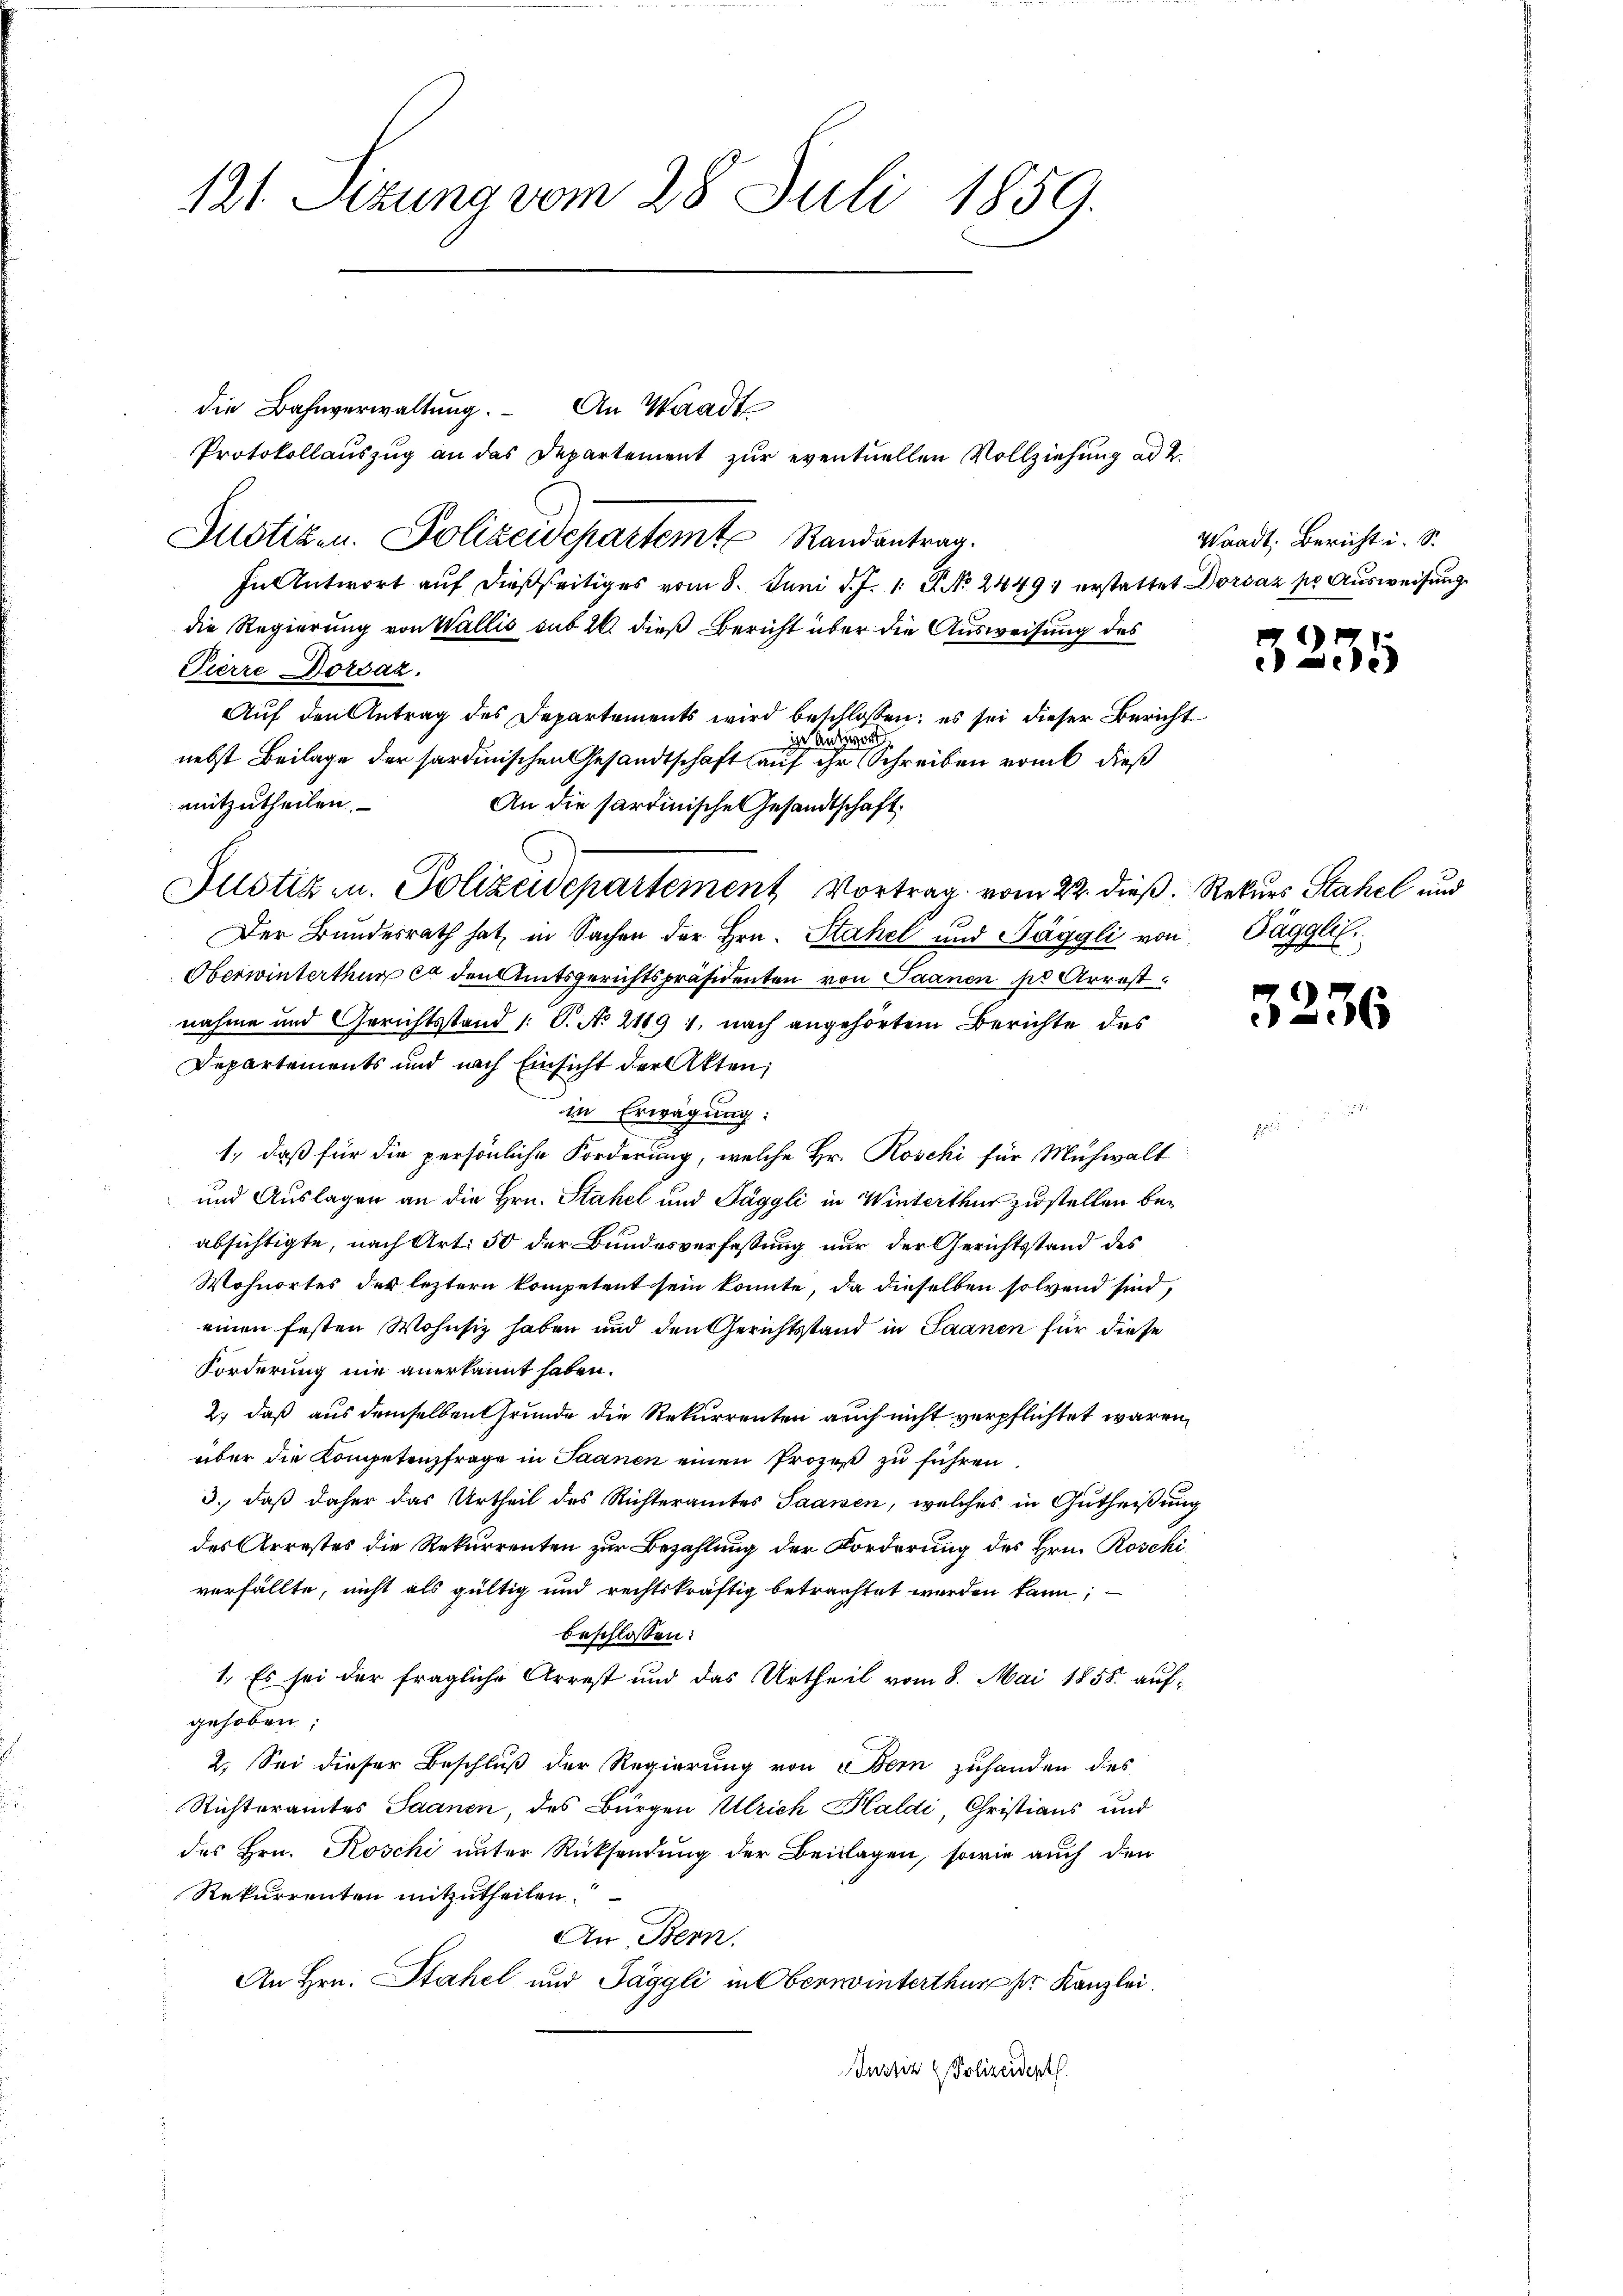
121. Setzung vom 28. Juli 1859.

die Bahnverwaltung. An Waadt
Justizen. Polizeidepartemt Randantrag.
In Antwort auf dießseitiges vom 8. Juni d. J. 1. P. No. 2449; erstattet Dorsaz po Ausweisung
die Regierung von Wallis sub 26 dieß Bericht über die Ausweisung des
Pierre Dorsaz.
Auf den Antrag des Departements wird beschlossen; es sei dieser Bericht
in Ansic
nebst Beilage der sardinischen Gesandtschaft auf ihr Schreiben vom dieß
mitzutheilen.
An die Sardinische Gesandtschaft.
Justiz u. Polizeidepartement Vortrag vom 22. dieß. Rekurs Stahel und
Der Bundesrath hat, in Sachen der Hrn. Stahel und Jäggli von Täggli
Oberwinterthur et den Amtsgerichtspräsidenten von Saanen des Arrestnahme und Gerichtsstand /: S. No 2189 1, nach angehörtem Berichte des
Departements und nach Einsicht der Akten;
in Erwägung:
1, daß für die persönliche Forderung, welche Hr. Roschi für Mühwalt
und Auslagen an die Hrn. Stahel und Jäggli in Winterthur zu stellen beabsichtigte, nach Art. 50 der Bundesverfassung nur der Gerichtsstand des
Wohnortes der leztern kompetent sein konnte, da dieselben solend sind,
einen festen Wohnsiz haben und den Gerichtsstand in Saanen für diese
Forderung nie anerkannt haben.
2.) daß aus demselben Grunde die Rekurrenten auch nicht verpflichtet waren,
über die Kompetenzfrage in Saanen einen Prozeß zu führen
3., daß daher das Urtheil des Richteramtes Saamen, welches in Gutheißung
des Arrestes die Rekurrenten zur Bezahlung der Forderung des Hrn. Roschi
verfällte, nicht als gültig und rechtskräftig betrachtet werden kann;
beschlossen:
1. Es sei der fragliche Arrest und das Urtheil vom 8. Mai 1858. aufgehoben;
2. Sei dieser Beschluß der Regierung von Bern zuhanden des
Richteramtes Saanen, des Bürgen Ulrich Haldi, Christians und
des Hrn. Koschi unter Rücksendung der Beilagen, sowie auch den
Rekurrenten mitzutheilen.
An Bern.
An Hrn. Stahel und Jäggli in Oberwinterthur pr. Kanzlei.
Justiz & Polizeidert.

Protokollauszug an das Departement zur eventuellen Vollziehung ad 2.

Waadt Bericht i. S.

3235

3236